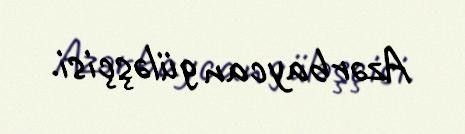
Azərbaycan güləşçisi.